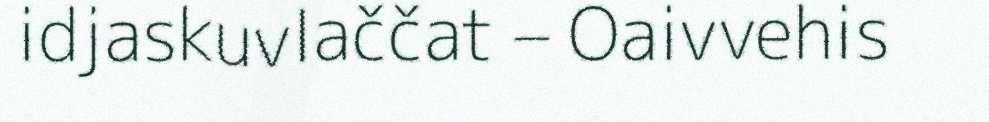
idjaskuvlaččat – Oaivvehis